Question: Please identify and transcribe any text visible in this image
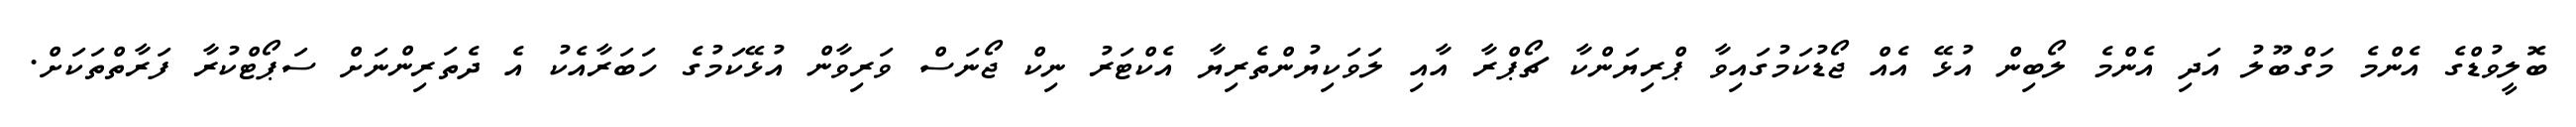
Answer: ބޮލީވުޑްގެ އެންމެ މަގްބޫލު އަދި އެންމެ ލޯބިން އުޅޭ އެއް ޖޯޑުކަމުގައިވާ ޕްރިޔަންކާ ޗޯޕްރާ އާއި ލަވަކިޔުންތެރިޔާ އެކްޓަރު ނިކް ޖޯނަސް ވަރިވާން އުޅޭކަމުގެ ހަބަރާއެކު އެ ދެތަރިންނަށް ސަޕޯޓްކުރާ ފަރާތްތަކަށް.